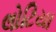
લોટિયા